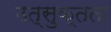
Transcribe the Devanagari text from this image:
उत्सुक्तता